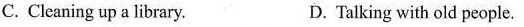
C. Cleaning up a library. D. Talking with old people.